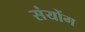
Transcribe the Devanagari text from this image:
संयोंग